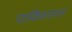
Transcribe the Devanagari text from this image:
पाकिस्तानन